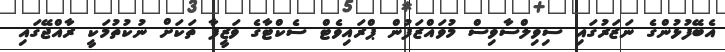
އެބޭފުޅުންގެ ނަޒަރުގައި ސިވިލްސާވިސް މުވައްޒަފުން ޕްރައިވެޓް ސެކްޓާގެ ވަޒީފާ ތަކަށް ނުކުތުމަކީ ރާއްޖޭގައި